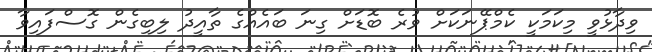
ވިދާޅުވީ މިކަމަކީ ކެމްޕޭނަކަށް ވުރެ ބޮޑަށް ގިނަ ބައެއްގެ ތާއީދު ލިބިގެން ގޮސްފައިވާ